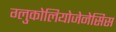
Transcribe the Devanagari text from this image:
ग्लुकोलियोजेनेसिस